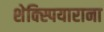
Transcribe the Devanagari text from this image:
शेक्स्पियाराना